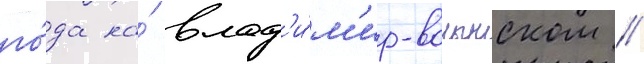
го́да на́ влад'и́м'ир-волынском /